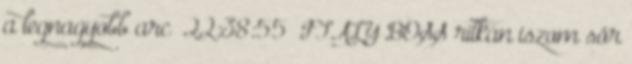
a legnagyobb arc 22:38:55 ITALY BOSS ritkán iszom sör